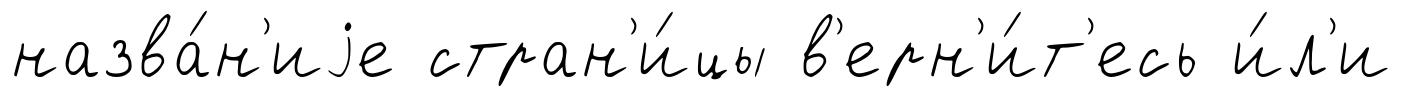
назва́н'иjе стран'и́цы в'ерн'и́т'есь и́л'и